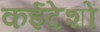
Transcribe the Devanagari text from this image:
कईदेशों